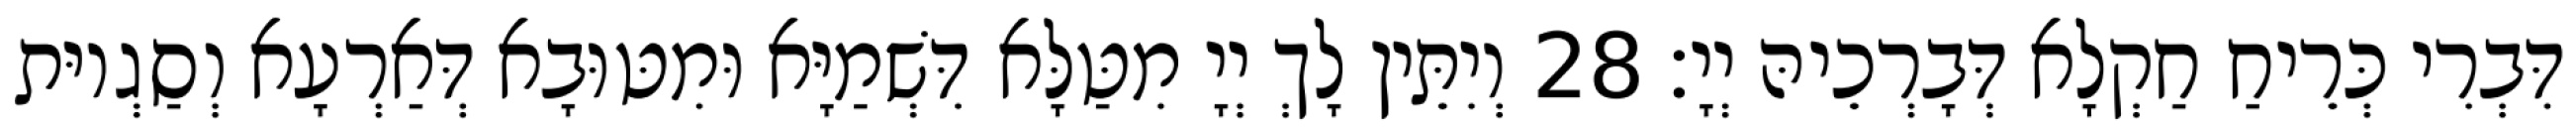
דִּבְרִי כְּרֵיחַ חַקְלָא דְּבָרְכֵיהּ יְיָ׃ 28 וְיִתֵּין לָךְ יְיָ מִטַּלָּא דִּשְׁמַיָּא וּמִטּוּבָא דְּאַרְעָא וְסַגְיוּת